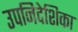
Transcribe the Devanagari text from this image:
उपनिदेशिका